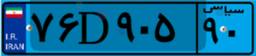
۹۰D۸۷۹۴۱